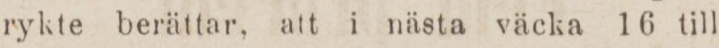
rykte berättar. att i nästa väcka 16 till